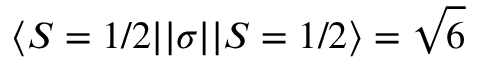
\ensuremath { \langle S = 1 / 2 | | } { \sigma } \ensuremath { | | S = 1 / 2 \rangle } = { \sqrt { 6 } }